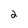
Character: 2